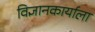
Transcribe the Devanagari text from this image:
विज्ञानकार्याला